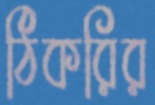
ঠিকরির